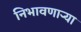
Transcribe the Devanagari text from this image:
निभावणाऱ्या